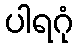
ပါရဂုံ